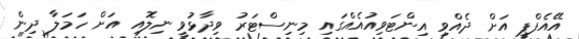
އޭއެފްޕީ އަށް ދެއްވި އިންޓަވިއުއެއްގައި މިނިސްޓަރު ވިދާޅުވީ ނިލޮއި އަށް ހަމަލާ ދިން